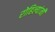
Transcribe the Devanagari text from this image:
रोहिल्यांनी